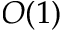
O ( 1 )